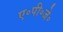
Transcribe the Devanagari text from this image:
ए॰पी॰जे॰